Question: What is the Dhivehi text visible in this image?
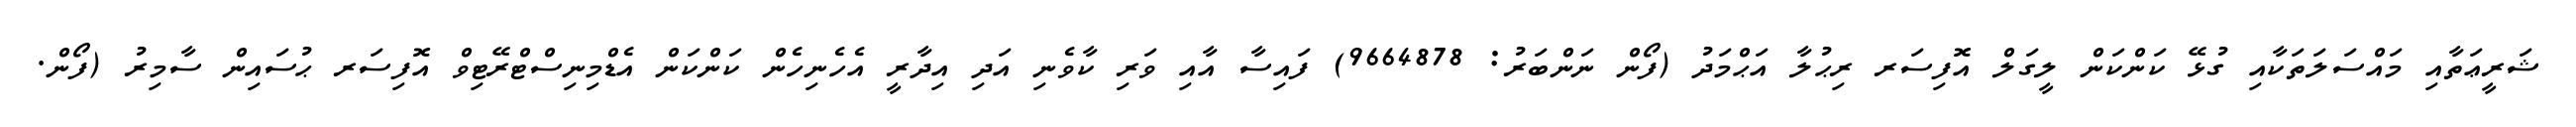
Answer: ޝަރީޢަތާއި މައްސަލަތަކާއި ގުޅޭ ކަންކަން ލީގަލް އޮފިސަރ ރިޙުލާ އަޙްމަދު (ފޯން ނަންބަރު: 9664878) ފައިސާ އާއި ވަރި ކާވެނި އަދި އިދާރީ އެހެނިހެން ކަންކަން އެޑްމިނިސްޓްރޭޓިވް އޮފިސަރ ޙުސައިން ސާމިރު (ފޯން.